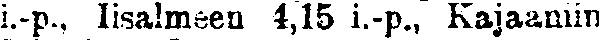
i.-p., Iisalmeen 4,15 i.-p., Kajaaniin